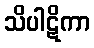
သိပါဋိကာ